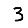
Digit: 3